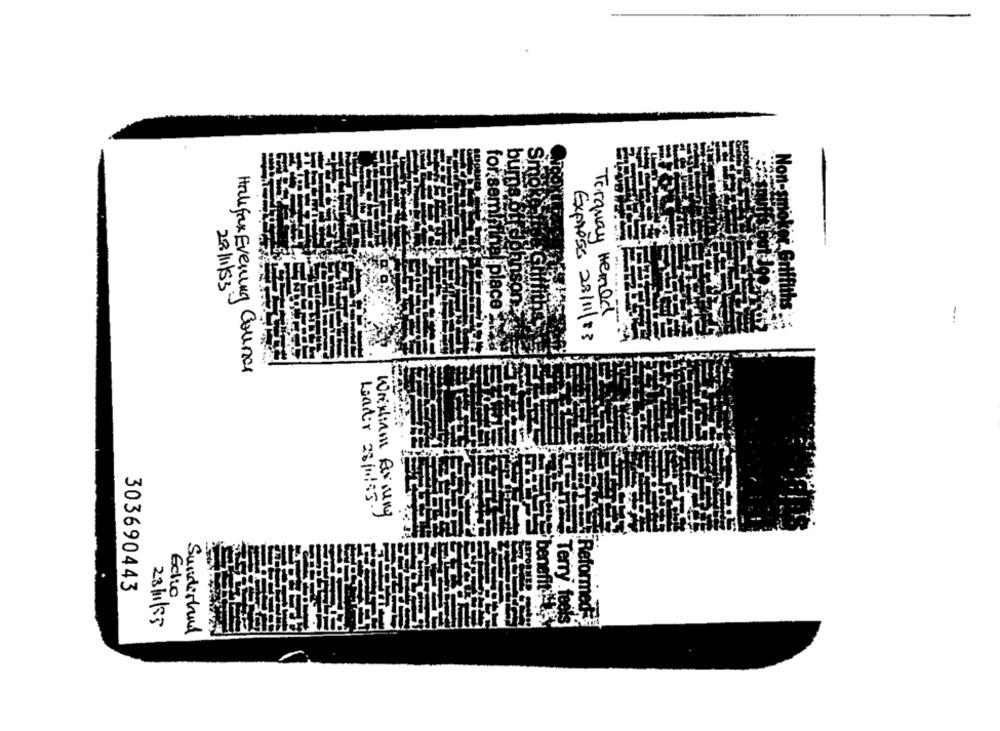
bums
for.sem
28/1/53
place
iths
Torquay Hemed
--.
Express 22/11/13
Halifax Evening Counce
Leader 28/11/85.
William forjung
303690443
Eclio
enefit
23/1/85
Terry feels
Reformed
Sunderland